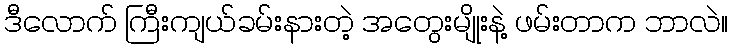
ဒီလောက် ကြီးကျယ်ခမ်းနားတဲ့ အတွေးမျိုးနဲ့ ဖမ်းတာက ဘာလဲ။